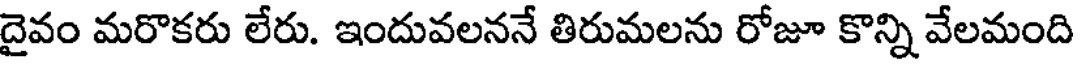
దైవం మరొకరు లేరు. ఇందువలననే తిరుమలను రోజూ కొన్ని వేలమంది